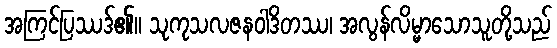
အကြင်ပြဿဒ်၏။ သုကုသလဇနဝါဒိတဿ၊ အလွန်လိမ္မာသောသူတို့သည်